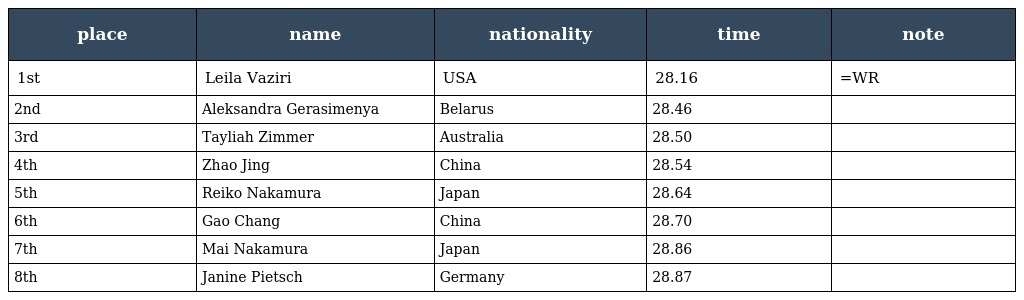
| place | name | nationality | time | note |
 | --- | --- | --- | --- | --- |
 | 1st | Leila Vaziri | USA | 28.16 | =WR |
 | 2nd | Aleksandra Gerasimenya | Belarus | 28.46 |  |
 | 3rd | Tayliah Zimmer | Australia | 28.50 |  |
 | 4th | Zhao Jing | China | 28.54 |  |
 | 5th | Reiko Nakamura | Japan | 28.64 |  |
 | 6th | Gao Chang | China | 28.70 |  |
 | 7th | Mai Nakamura | Japan | 28.86 |  |
 | 8th | Janine Pietsch | Germany | 28.87 |  |